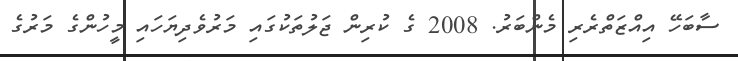
ސާބަހޭ އިއްޒަތްރެރި މެންބަރު. 2008 ގެ ކުރިން ޖަލުތަކުގައި މަރުވެދިޔަހައި މީހުންގެ މަަރުގެ